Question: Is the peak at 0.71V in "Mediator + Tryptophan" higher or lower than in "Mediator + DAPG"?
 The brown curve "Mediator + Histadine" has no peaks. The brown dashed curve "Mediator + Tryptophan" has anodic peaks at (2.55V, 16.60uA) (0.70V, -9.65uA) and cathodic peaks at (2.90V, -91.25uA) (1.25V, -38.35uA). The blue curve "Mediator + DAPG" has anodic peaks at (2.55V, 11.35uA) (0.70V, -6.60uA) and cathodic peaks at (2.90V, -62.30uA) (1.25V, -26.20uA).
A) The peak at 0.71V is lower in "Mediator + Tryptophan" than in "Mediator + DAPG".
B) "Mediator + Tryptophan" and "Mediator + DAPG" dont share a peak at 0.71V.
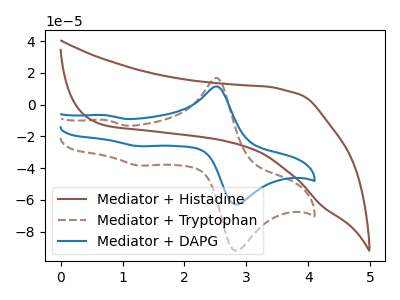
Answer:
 <answer>A) The peak at 0.71V is lower in "Mediator + Tryptophan" than in "Mediator + DAPG".</answer>
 <eval>A</eval>